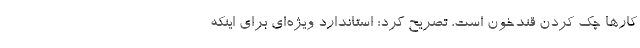
کارها چک کردن قندخون است، تصریح کرد: استاندارد ویژه‌ای برای اینکه